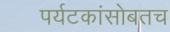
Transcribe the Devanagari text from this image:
पर्यटकांसोबतच